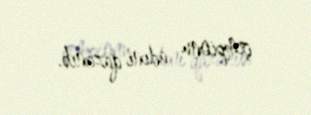
çempionu adını qazanıb.